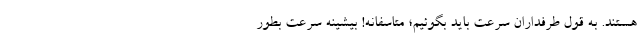
هستند. به قول طرفداران سرعت باید بگوئیم؛ متاسفانه! بیشینه سرعت بطور